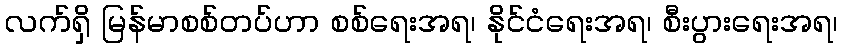
လက်ရှိ မြန်မာစစ်တပ်ဟာ စစ်ရေးအရ၊ နိုင်ငံရေးအရ၊ စီးပွားရေးအရ၊